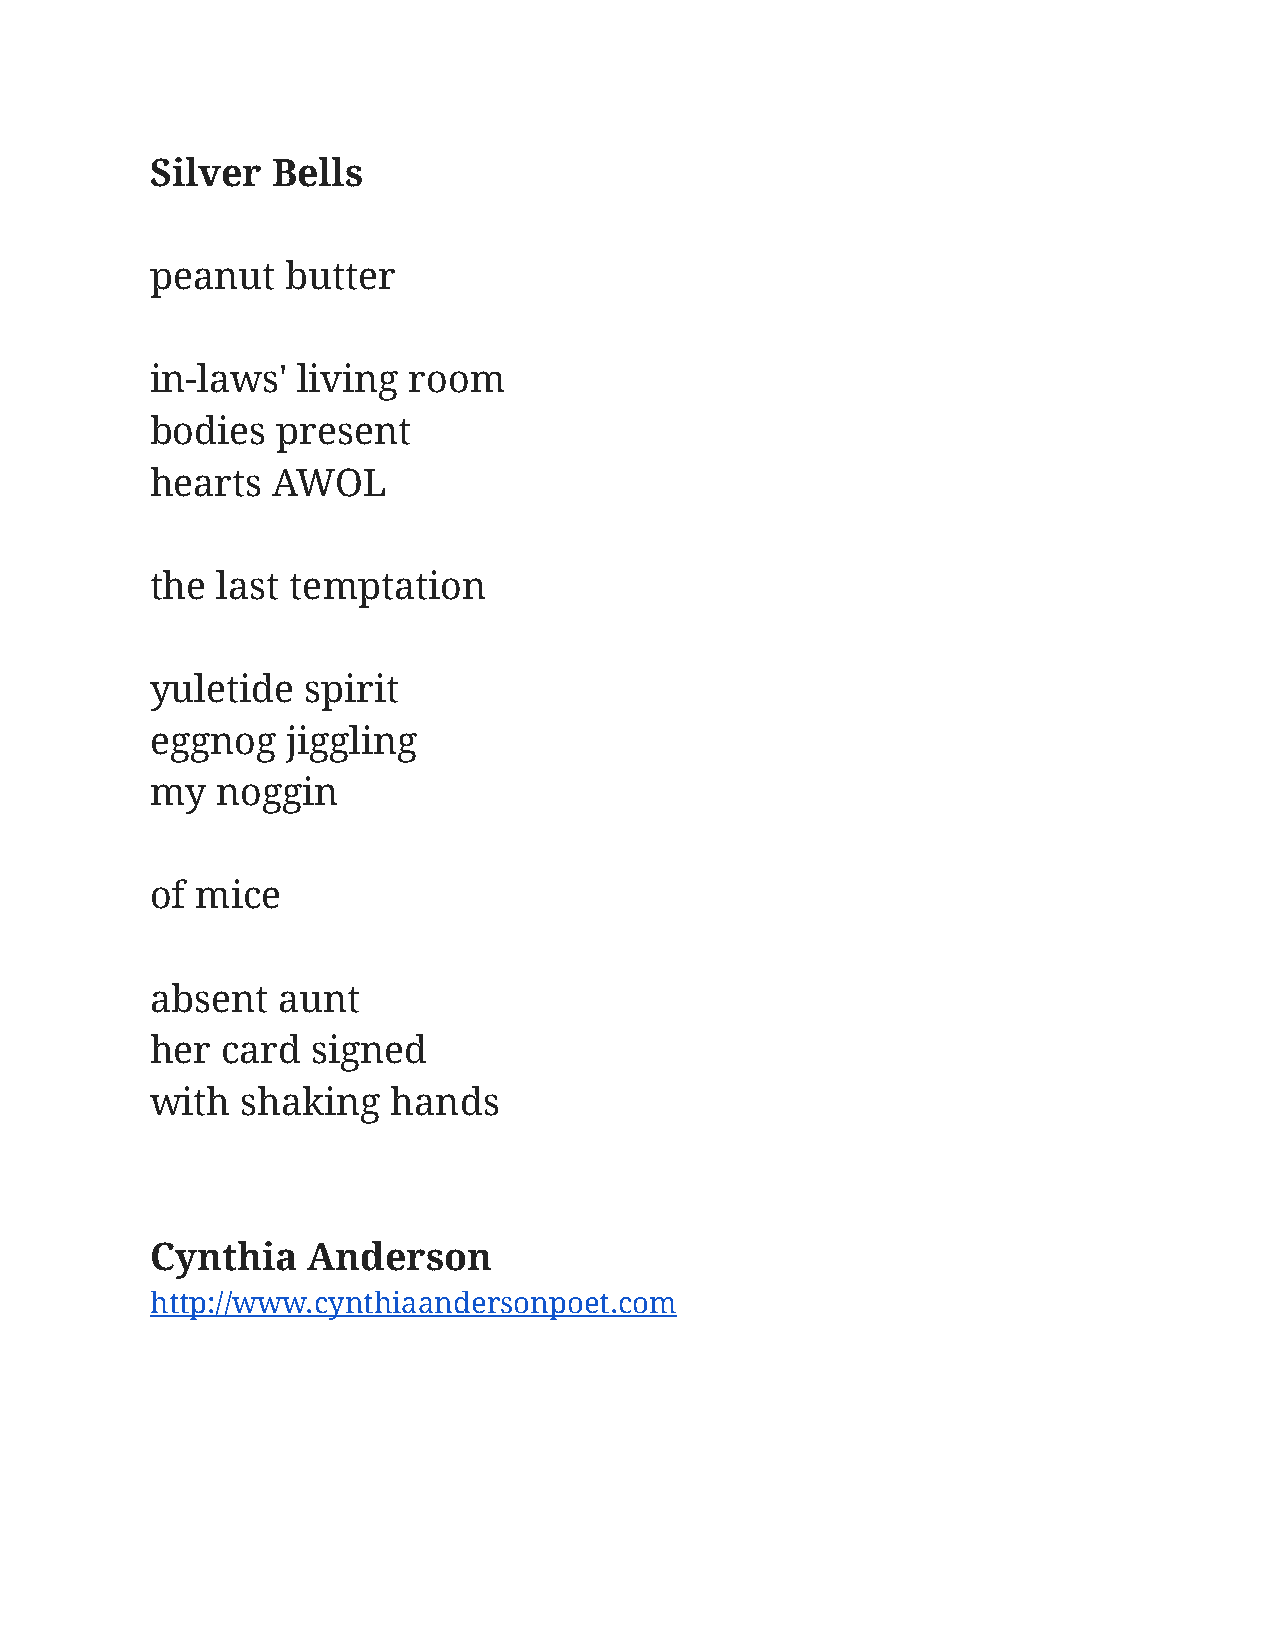
Silver  Bells
 peanut   butter
 in-laws'  living room
 bodies  present
 hearts  AWOL
 the last temptation
 yuletide  spirit
 eggnog   jiggling
 my  noggin
 of mice
 absent  aunt
 her  card  signed
 with  shaking   hands
 Cynthia   Anderson
 http://www.cynthiaandersonpoet.com